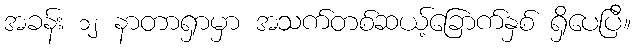
အခန်း ၁၂ နာတာရှာမှာ အသက်တစ်ဆယ့်ခြောက်နှစ် ရှိပေပြီ။